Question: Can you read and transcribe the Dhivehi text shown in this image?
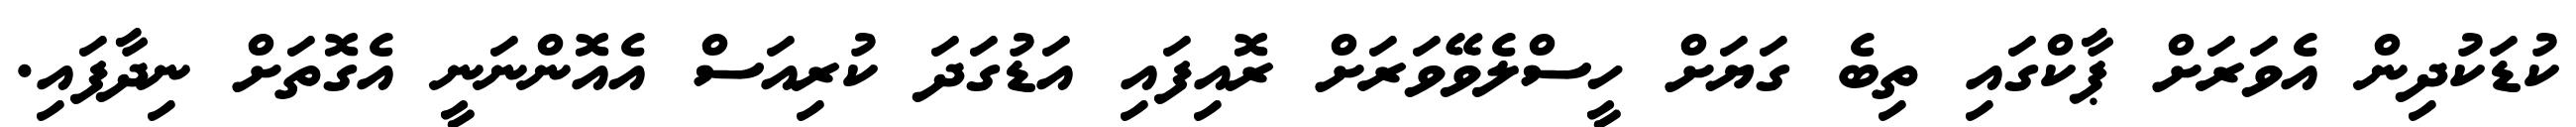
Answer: ކުޑަކުދިން އެވަރަށް ޕާކްގައި ތިބެ ގަޔަށް ހީސްލެވޭވަރަށް ރޮއިފައި އަޑުގަދަ ކުރިއަސް އެއޮންނަނީ އެގޮތަށް ނިދާފައި.